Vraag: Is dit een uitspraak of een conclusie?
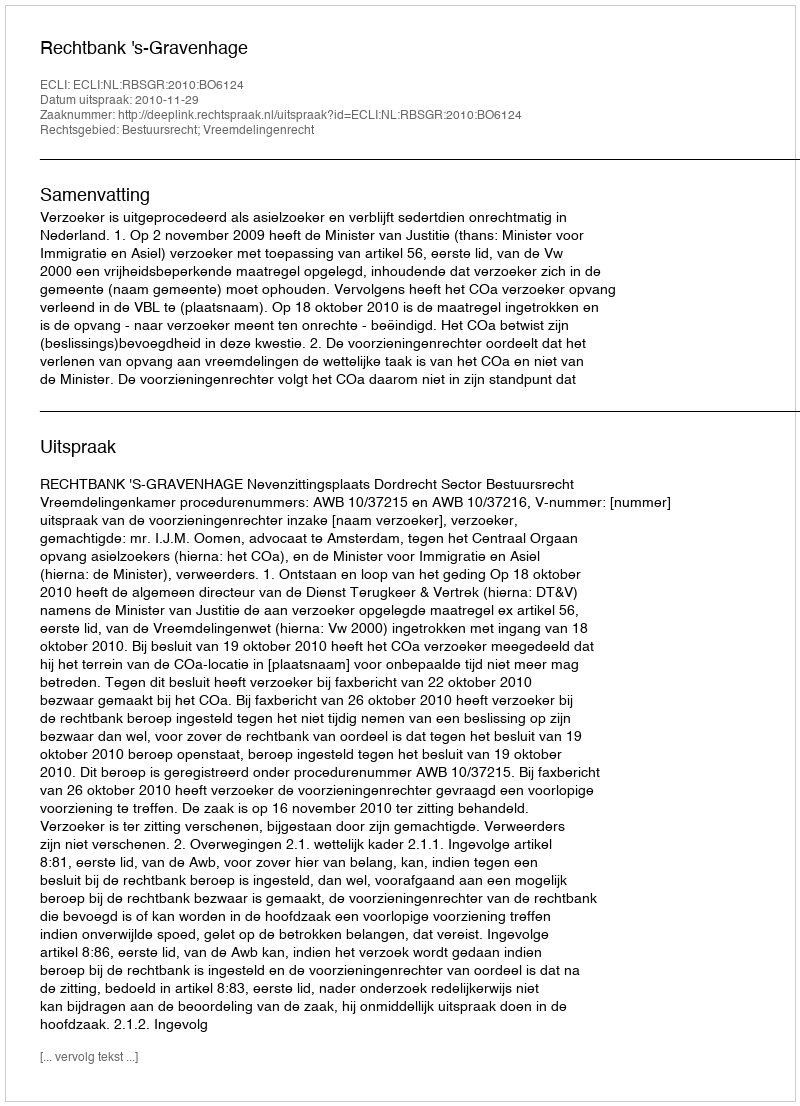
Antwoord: Uitspraak